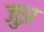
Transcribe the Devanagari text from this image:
जुझ